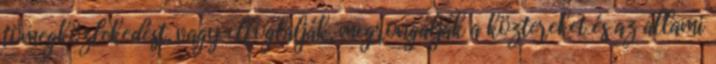
tömegközlekedést, vagy elfoglalják, megrongálják a köztereket és az állami